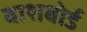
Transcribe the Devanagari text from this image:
वाशबोर्ड